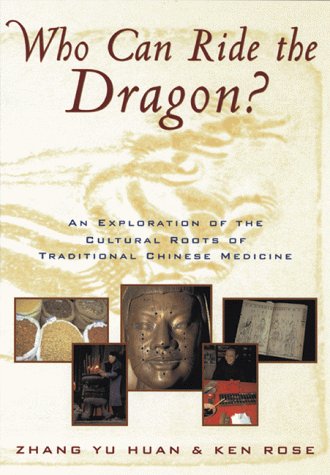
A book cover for Who Can Ride the Dragon?: An Exploration of the Cultural Roots of Traditional Chinese Medicine; Zhang Yu Huan; Health, Fitness & Dieting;